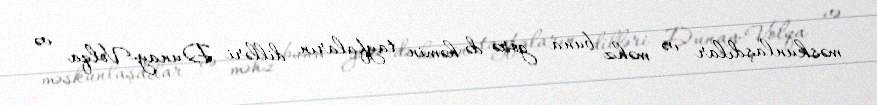
məskunlaşdılar və məhz buna görə də həmin tayfaların dilləri Dunay-Volqa və